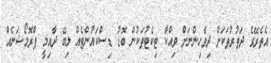
އެތެރޭގެ ދަތުރުތަކަށް ދިވެހިންނަށް ވިއްކާ ޓިކެޓުތަކުން ބޮޑު ޑިސްކައުންޓެއް ލިބޭ ދާއިމީ ޕްރޮމޯޝަނެއް